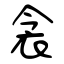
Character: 衾